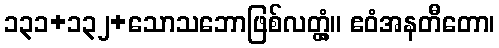
၁၃၁+၁၃၂+သောသဘောဖြစ်လတ္တံ့။ ဧဝံအနတီတော၊